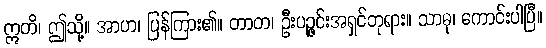
ဣတိ၊ ဤသို့။ အာဟ၊ ပြန်ကြား၏။ တာတ၊ ဦးပဉ္ဇင်းအရှင်ဘုရား။ သာဓု၊ ကောင်းပါပြီ။